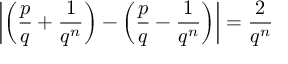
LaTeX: \left| \left( { \frac { p } { q } } + { \frac { 1 } { q ^ { n } } } \right) - \left( { \frac { p } { q } } - { \frac { 1 } { q ^ { n } } } \right) \right| = { \frac { 2 } { q ^ { n } } }